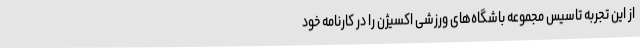
از این تجربه تاسیس مجموعه باشگاه‌های ورزشی اکسیژن را در کارنامه خود